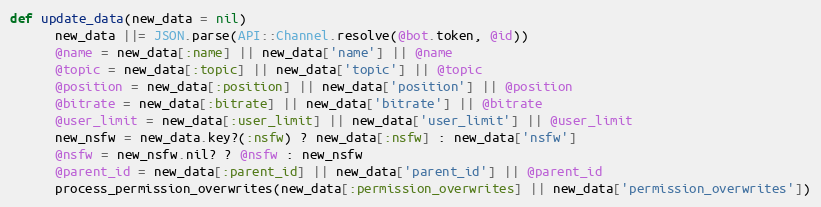
Language: Ruby
def update_data(new_data = nil)
      new_data ||= JSON.parse(API::Channel.resolve(@bot.token, @id))
      @name = new_data[:name] || new_data['name'] || @name
      @topic = new_data[:topic] || new_data['topic'] || @topic
      @position = new_data[:position] || new_data['position'] || @position
      @bitrate = new_data[:bitrate] || new_data['bitrate'] || @bitrate
      @user_limit = new_data[:user_limit] || new_data['user_limit'] || @user_limit
      new_nsfw = new_data.key?(:nsfw) ? new_data[:nsfw] : new_data['nsfw']
      @nsfw = new_nsfw.nil? ? @nsfw : new_nsfw
      @parent_id = new_data[:parent_id] || new_data['parent_id'] || @parent_id
      process_permission_overwrites(new_data[:permission_overwrites] || new_data['permission_overwrites'])